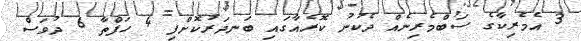
3 އެމެރިކާގެ ސަބްމެރިނެއް ދެކުނު ކޮރެއާގައި ބަނދަރުކޮށްފި 4 ހަފްތާ 6 ދުވަސް